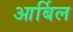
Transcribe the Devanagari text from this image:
आर्बिल